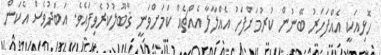
ހޮޅިއަކީ އެއްފަހަރު ބޭނުން ކުރުމަށްފަހު އެއްލާލާ އެއްޗެއް ކަމަށްވަނީ ޤާބޫލުކުރެވިފައެވެ. އަބަދުވެސް އެކަން